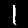
Digit: 1